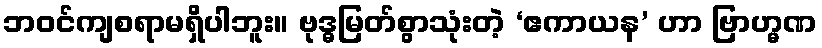
ဘဝင်ကျစရာမရှိပါဘူး။ ဗုဒ္ဓမြတ်စွာသုံးတဲ့ ‘ဧကာယန’ ဟာ ဗြာဟ္မဏ